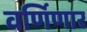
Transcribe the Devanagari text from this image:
वर्णिणार